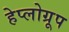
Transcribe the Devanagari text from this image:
हेप्लोग्रूप